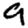
Digit: 9